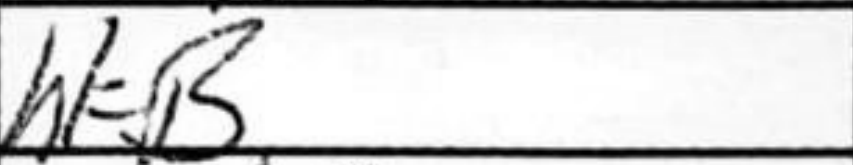
Transcription: h1=B